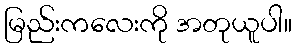
မြည်းကလေးကို အတုယူပါ။